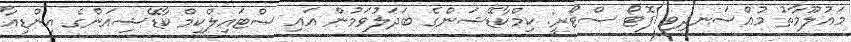
މައުލޫމާތު މުއްސަނދިވި ފޮޓޯ ސްޓޯރީ: ކިމްކާޑޭޝަންގެ ބަދަލުވަމުން އައި ސްޓައިލްކިމް ކާޑޭޝިއަންގެ އިންޑިއާ